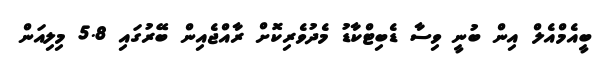
ބީއެމްއެލް އިން ބުނީ ވިސާ ޑެބިޓްކާޑު މެދުވެރިކޮށް ރާއްޖެއިން ބޭރުގައި 5.8 މިލިއަން